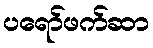
ပရော်ဖက်ဆာ